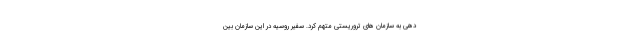
دهی به سازمان های تروریستی متهم کرد. سفیر روسیه در این سازمان بین